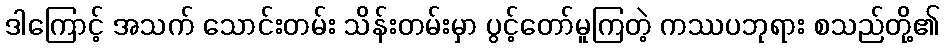
ဒါကြောင့် အသက် သောင်းတမ်း သိန်းတမ်းမှာ ပွင့်တော်မူကြတဲ့ ကဿပဘုရား စသည်တို့၏